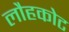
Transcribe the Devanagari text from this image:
लौहकोट